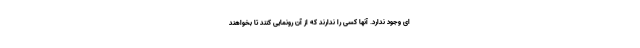
ای وجود ندارد. آنها کسی را ندارند که از آن رونمایی کنند تا بخواهند